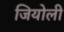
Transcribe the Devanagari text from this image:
जियोली